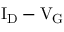
\mathrm { I _ { D } - V _ { G } }